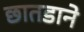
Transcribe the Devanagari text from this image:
छातडाने